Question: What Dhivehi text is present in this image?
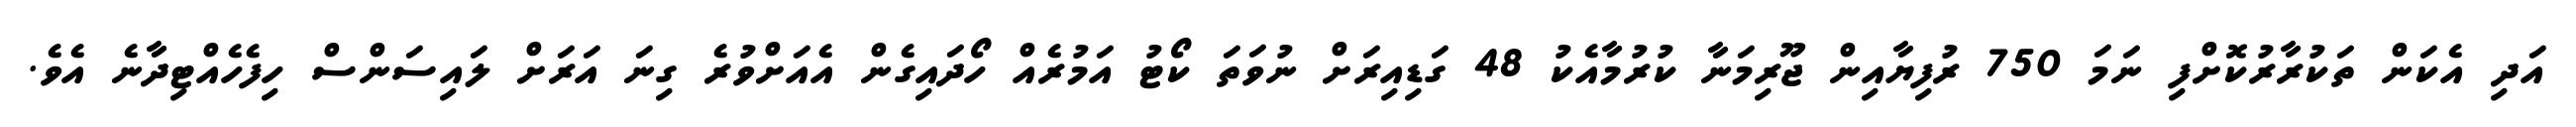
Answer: އަދި އެކަން ތަކުރާރުކޮށްފި ނަމަ 750 ރުފިޔާއިން ޖޫރިމަނާ ކުރުމާއެކު 48 ގަޑިއިރަށް ނުވަތަ ކޯޓު އަމުރެއް ހޯދައިގެން އެއަށްވުރެ ގިނަ އަރަށް ލައިސަންސް ހިފެހެއްޓިދާނެ އެވެ.